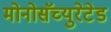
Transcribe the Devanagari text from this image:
मोनोसॅच्युरेटेड